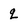
Character: q